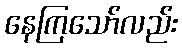
နေကြသော်လည်း